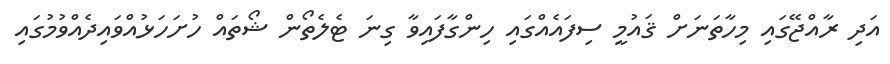
އަދި ރާއްޖޭގައި މިހާތަނަށް ޤައުމީ ސިފައެއްގައި ހިންގާފައިވާ ގިނަ ޓެލެތޯން ޝޯތައް ހުށަހަޅުއްވައިދެއްވުމުގައި